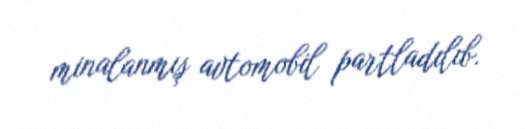
minalanmış avtomobil partladılıb.